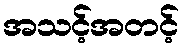
အသင့်အတင့်